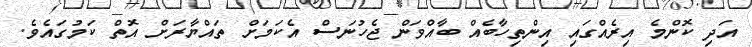
އަދި ކޮންމެ އިރެއްގައި އިންތިހާބެއް ބާއްވަން ޖެހުނަސް އެކަމަށް ތައްޔާރަށް އޮތް ކަމުގައެވެ.